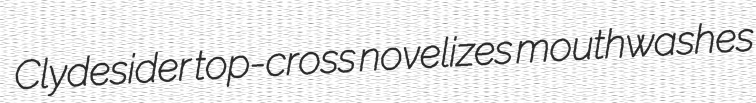
Clydesider top-cross novelizes mouthwashes